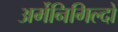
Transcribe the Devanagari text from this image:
अर्मेनिगिल्दो